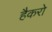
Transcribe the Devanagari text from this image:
हैकरो